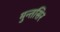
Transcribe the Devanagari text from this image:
मुन्तसिर